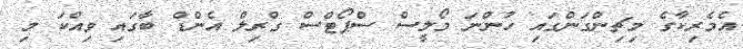
އެމެރިކާގެ މިޗިންގަންގައި ހުންނަ މޯލީސް ސްޕޯޓްސް ގްރިލް އެންޑް ބާގައި ވިއްކަ މި